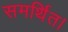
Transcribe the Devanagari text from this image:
समर्थित।